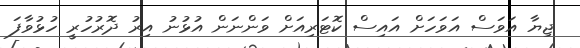
ޖިޔާ އަވަސް އަވަހަށް އައިސް ކޮޓަރިއަށް ވަންނަން އުޅުނު އިރު ދޮރުހުރީ ހުޅުވާފަ